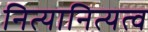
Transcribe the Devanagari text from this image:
नित्यानित्यत्व